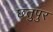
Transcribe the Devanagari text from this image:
छतुपुर